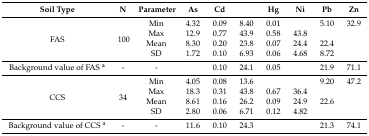
<table><thead><tr><td><b>Soil Type</b></td><td><b>N</b></td><td><b>Parameter</b></td><td><b>As</b></td><td><b>Cd</b></td><td>[EMPTY_CELL]</td><td><b>Hg</b></td><td><b>Ni</b></td><td><b>Pb</b></td><td><b>Zn</b></td></tr></thead><tbody><tr><td rowspan="4">FAS</td><td rowspan="4">100</td><td>Min</td><td>4.32</td><td>0.09</td><td>8.40</td><td>0.01</td><td>[EMPTY_CELL]</td><td>5.10</td><td>32.9</td></tr><tr><td>Max</td><td>12.9</td><td>0.77</td><td>43.9</td><td>0.58</td><td>43.8</td><td>[EMPTY_CELL]</td><td>[EMPTY_CELL]</td></tr><tr><td>Mean</td><td>8.30</td><td>0.20</td><td>23.8</td><td>0.07</td><td>24.4</td><td>22.4</td><td>[EMPTY_CELL]</td></tr><tr><td>SD</td><td>1.72</td><td>0.10</td><td>6.93</td><td>0.06</td><td>4.68</td><td>8.72</td><td>[EMPTY_CELL]</td></tr><tr><td>Background value of FAS <sup>a</sup></td><td>-</td><td>-</td><td>[EMPTY_CELL]</td><td>0.10</td><td>24.1</td><td>0.05</td><td>[EMPTY_CELL]</td><td>21.9</td><td>71.1</td></tr><tr><td rowspan="4">CCS</td><td rowspan="4">34</td><td>Min</td><td>4.05</td><td>0.08</td><td>13.6</td><td>[EMPTY_CELL]</td><td>[EMPTY_CELL]</td><td>9.20</td><td>47.2</td></tr><tr><td>Max</td><td>18.3</td><td>0.31</td><td>43.8</td><td>0.67</td><td>36.4</td><td>[EMPTY_CELL]</td><td>[EMPTY_CELL]</td></tr><tr><td>Mean</td><td>8.61</td><td>0.16</td><td>26.2</td><td>0.09</td><td>24.9</td><td>22.6</td><td>[EMPTY_CELL]</td></tr><tr><td>SD</td><td>2.80</td><td>0.06</td><td>6.71</td><td>0.12</td><td>4.82</td><td>[EMPTY_CELL]</td><td>[EMPTY_CELL]</td></tr><tr><td>Background value of CCS <sup>a</sup></td><td>-</td><td>-</td><td>11.6</td><td>0.10</td><td>24.3</td><td>[EMPTY_CELL]</td><td>[EMPTY_CELL]</td><td>21.3</td><td>74.1</td></tr></tbody></table>